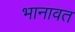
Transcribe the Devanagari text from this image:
भानावत